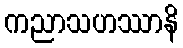
ကညာသဟဿာနိ